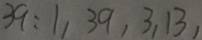
3 9 : 1 , 3 9 , 3 , 1 3 ,